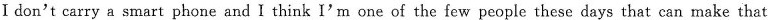
Ⅰ don't carry a smart phone and I think I'm one of the few people these days that can make that